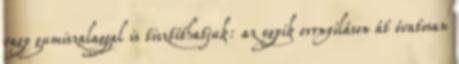
vagy gumiszalaggal is tisztíthatjuk: az egyik orrnyíláson át óvatosan